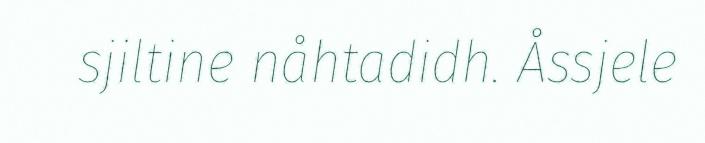
sjiltine nåhtadidh. Åssjele